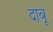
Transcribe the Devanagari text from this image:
दाबू